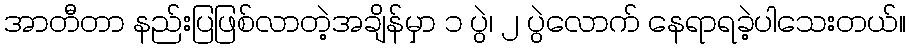
အာတီတာ နည်းပြဖြစ်လာတဲ့အချိန်မှာ ၁ ပွဲ၊ ၂ ပွဲလောက် နေရာရခဲ့ပါသေးတယ်။